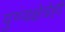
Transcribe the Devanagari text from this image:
पुण्यक्षेत्रेही